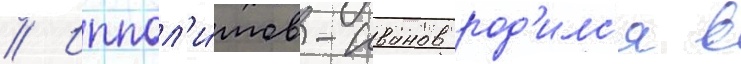
// Иппол'и́тов-иванов род'илс'я в